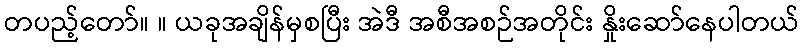
တပည့်တော်။ ။ ယခုအချိန်မှစပြီး အဲဒီ အစီအစဉ်အတိုင်း နှိုးဆော်နေပါတယ်